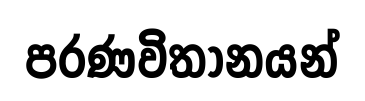
පරණවිතානයන්